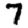
Digit: 7